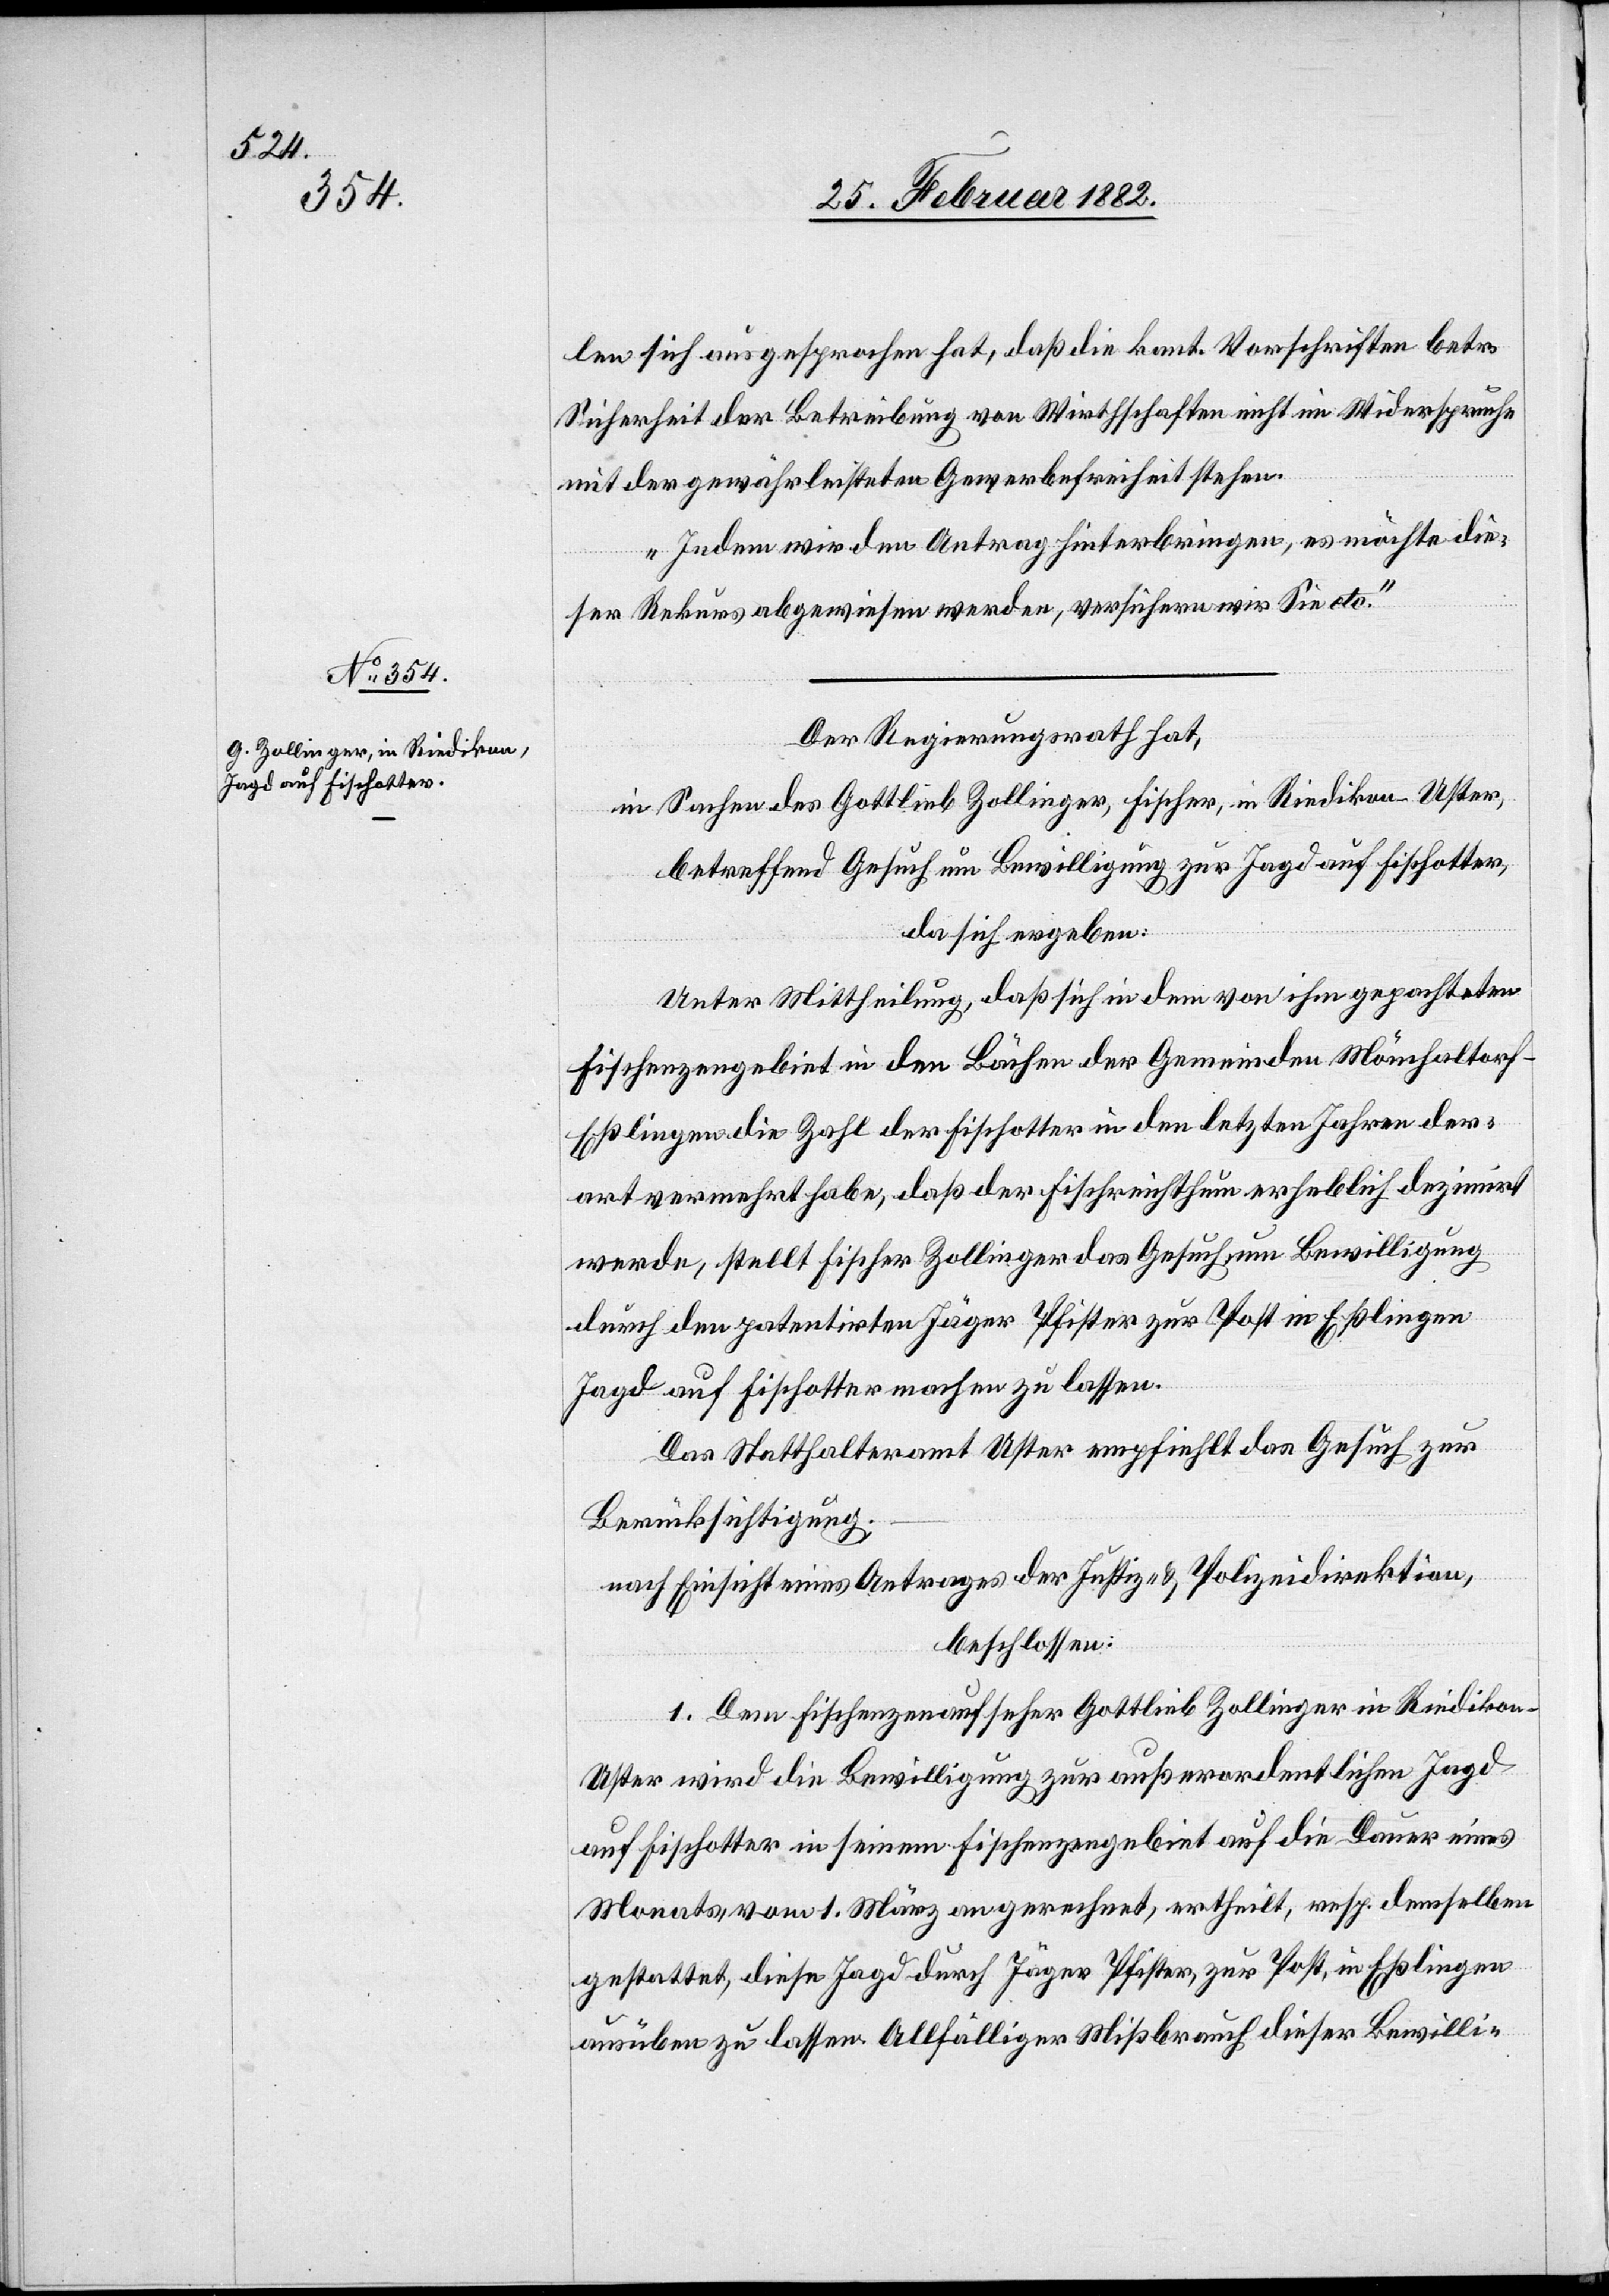
len sich ausgesprochen hat, daß die kant. Vorschriften betr.
Sicherheit der Betreibung von Wirtschaften nicht im Widerspruche
mit der gewährleisteten Gewerbefreiheit stehen.
Indem wir den Antrag hinterbringen, es möchte die¬
ser Rekurs abgewiesen werden, versichern wir Sie etc.“
Der Regierungsrath hat,
in Sachen des Gottlieb Zollinger, Fischer, in Riedikon - Uster,
betreffend Gesuch um Bewilligung zur Jagd auf Fischotter,
da sich ergeben:
Unter Mittheilung, daß sich in dem von ihm gepachteten
Fischenzengebiet in den Bächen der Gemeinden Mönchaltorf
Eßlingen die Zahl der Fischotter in den letzten Jahren der¬
art vermehrt habe, daß der Fischreichthum erheblich dezimirt
werde, stellt Fischer Zollinger das Gesuch um Bewilligung
durch den patentirten Jäger Pfister zur Post in Eßlingen
Jagd auf Fischotter machen zu lassen.
Das Statthalteramt Uster empfiehlt das Gesuch zur
Berücksichtigung;
nach Einsicht eines Antrages der Justiz- & Polizeidirektion,
beschlossen:
1. Dem Fischenzenaufseher Gottlieb Zollinger in Riedikon
Uster wird die Bewilligung zur außerordentlichen Jagd
auf Fischotter in seinem Fischenzengebiet auf die Dauer eines
Monates, vom 1. März an gerechnet, ertheilt, resp. demselben
gestattet, diese Jagd durch Jäger Pfister, zur Post, in Eßlingen
ausüben zu lassen. Allfälliger Mißbrauch dieser Bewilli-